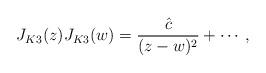
LaTeX: \begin{align*}J_{K3}(z)J_{K3}(w)={\hat{c} \over (z-w)^{2}}+\cdots,\end{align*}